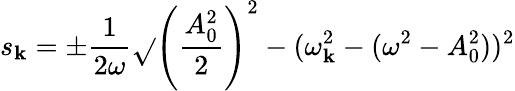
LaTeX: s_{\mathbf{k}}=\pm{\frac{{1}}{{2\omega}}}\sqrt{}{{\left({\frac{{A_{0}^{2}}}{{2}}}\right)^{2}-(\omega_{\mathbf{k}}^{2}-(\omega^{2}-A_{0}^{2}))^{2}}}